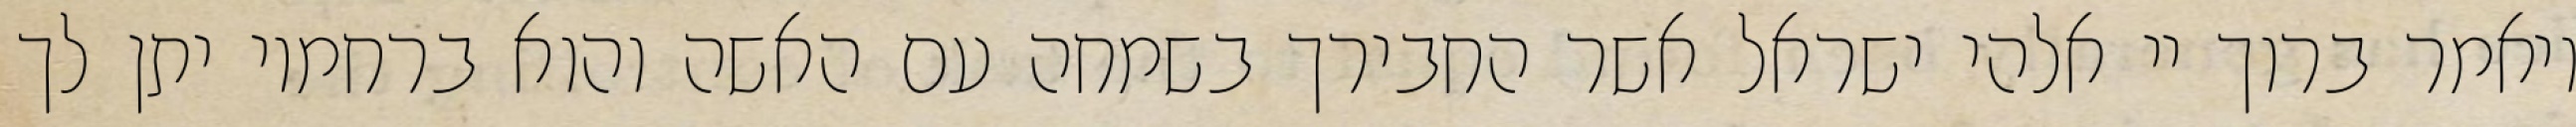
ויאמר ברוך יי אלהי ישראל אשר החבירך בשמחה עם האשה והוא ברחמיו יתן לך